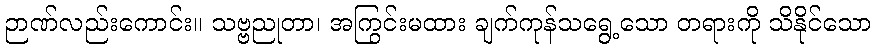
ဉာဏ်လည်းကောင်း။ သဗ္ဗညုတာ၊ အကြွင်းမထား ချက်ကုန်သရွေ့သော တရားကို သိနိုင်သော